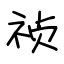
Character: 祯